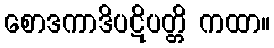
စောဒကာဒိပဋိပတ္တိ ကထာ။